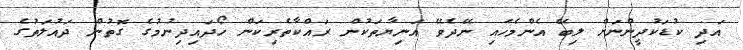
އަދި ކުޑަކުދީންނަށް ލިބޭ އެންމެހައި ނޭދެވޭ އަނިޔާތަކުން ރައްކާތެރިކަން ހޯދައިދިނުމުގެ ގޮތުން ދައުލަތުގެ